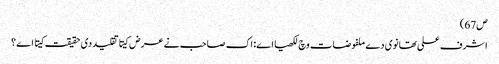
ص67)
اشرف علی تھانوی دے ملفوضات وچ لکھیا اے: اک صاحب نے عرض کیتا تقلید د‏‏ی حقیقت کیتا اے ؟